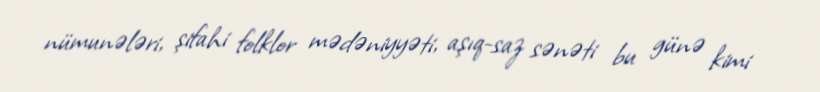
nümunələri, şifahi folklor mədəniyyəti, aşıq-saz sənəti bu günə kimi